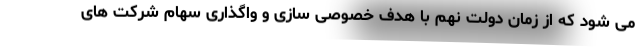
می شود که از زمان دولت نهم با هدف خصوصی سازی و واگذاری سهام شرکت های